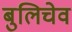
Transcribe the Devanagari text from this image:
बुलिचेव